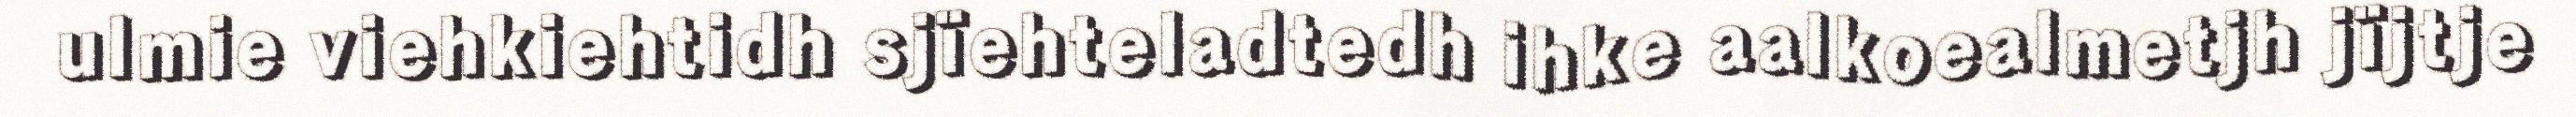
ulmie viehkiehtidh sjïehteladtedh ihke aalkoealmetjh jïjtje